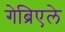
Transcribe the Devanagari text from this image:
गेब्रिएले